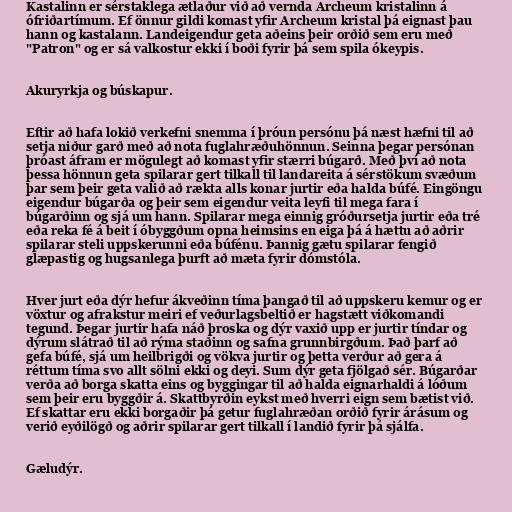
Kastalinn er sérstaklega ætlaður við að vernda Archeum kristalinn á
ófriðartímum. Ef önnur gildi komast yfir Archeum kristal þá eignast þau
hann og kastalann. Landeigendur geta aðeins þeir orðið sem eru með
"Patron" og er sá valkostur ekki í boði fyrir þá sem spila ókeypis.

Akuryrkja og búskapur.

Eftir að hafa lokið verkefni snemma í þróun persónu þá næst hæfni til að
setja niður garð með að nota fuglahræðuhönnun. Seinna þegar persónan
þróast áfram er mögulegt að komast yfir stærri búgarð. Með því að nota
þessa hönnun geta spilarar gert tilkall til landareita á sérstökum svæðum
þar sem þeir geta valið að rækta alls konar jurtir eða halda búfé. Eingöngu
eigendur búgarða og þeir sem eigendur veita leyfi til mega fara í
búgarðinn og sjá um hann. Spilarar mega einnig gróðursetja jurtir eða tré
eða reka fé á beit í óbyggðum opna heimsins en eiga þá á hættu að aðrir
spilarar steli uppskerunni eða búfénu. Þannig gætu spilarar fengið
glæpastig og hugsanlega þurft að mæta fyrir dómstóla.

Hver jurt eða dýr hefur ákveðinn tíma þangað til að uppskeru kemur og er
vöxtur og afrakstur meiri ef veðurlagsbeltið er hagstætt viðkomandi
tegund. Þegar jurtir hafa náð þroska og dýr vaxið upp er jurtir tíndar og
dýrum slátrað til að rýma staðinn og safna grunnbirgðum. Það þarf að
gefa búfé, sjá um heilbrigði og vökva jurtir og þetta verður að gera á
réttum tíma svo allt sölni ekki og deyi. Sum dýr geta fjölgað sér. Búgarðar
verða að borga skatta eins og byggingar til að halda eignarhaldi á lóðum
sem þeir eru byggðir á. Skattbyrðin eykst með hverri eign sem bætist við.
Ef skattar eru ekki borgaðir þá getur fuglahræðan orðið fyrir árásum og
verið eyðilögð og aðrir spilarar gert tilkall í landið fyrir þá sjálfa.

Gæludýr.